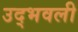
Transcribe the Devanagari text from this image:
उद्‍भवली